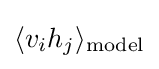
\langle v_{i}h_{j}\rangle _{\text{model}}